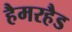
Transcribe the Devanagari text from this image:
हैमरहैड